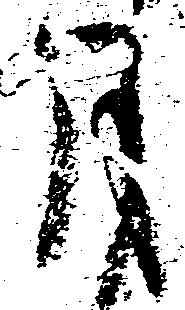
月